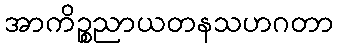
အာကိဉ္စညာယတနသဟဂတာ